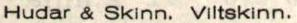
Hudar & Skinn. Viltskinn.